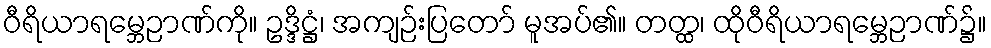
ဝီရိယာရမ္ဘေဉာဏ်ကို။ ဥဒ္ဒိဋ္ဌံ၊ အကျဉ်းပြတော် မူအပ်၏။ တတ္ထ၊ ထိုဝီရိယာရမ္ဘေဉာဏ်၌။